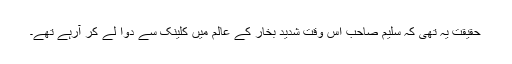
حقیقت یہ تھی کہ سلیم صاحب اس وقت شدید بخار کے عالم میں کلینک سے دوا لے کر آرہے تھے۔